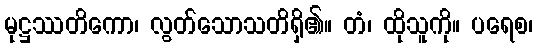
မုဋ္ဌဿတိကော၊ လွတ်သောသတိရှိ၏။ တံ၊ ထိုသူကို။ ပရေစ၊